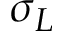
\sigma _ { L }